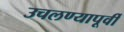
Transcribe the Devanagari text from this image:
उचलण्यापूर्वी